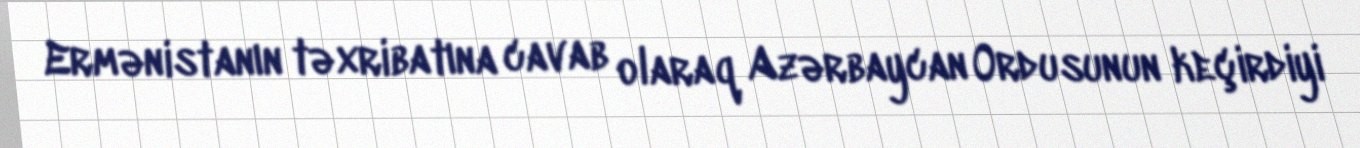
Ermənistanın təxribatına cavab olaraq Azərbaycan Ordusunun keçirdiyi